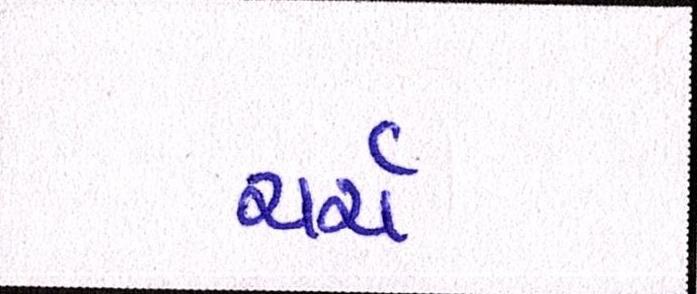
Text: ચર્ચ